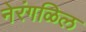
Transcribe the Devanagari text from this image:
नेरंगळिल